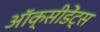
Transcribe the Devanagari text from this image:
ऑक्सीडेंट्स